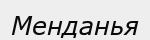
Менданья